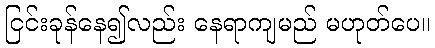
ငြင်းခုန်နေ၍လည်း နေရာကျမည် မဟုတ်ပေ။